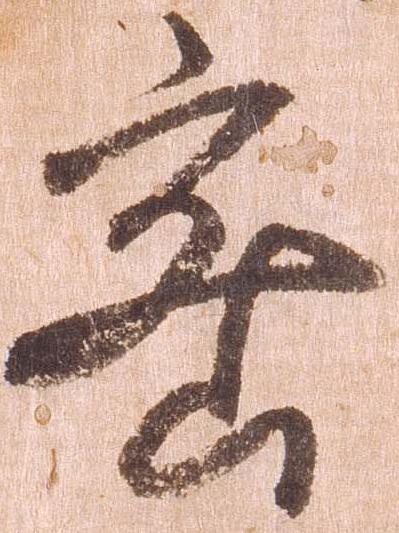
密